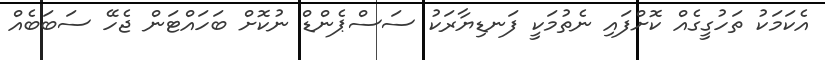
އެކަމަކު ތަހުގީގެއް ކޮށްފައި ނެތުމަކީ ފަނޑިޔާރަކު ސަސްޕެންޑް ނުކޮށް ބަހައްޓަން ޖެހޭ ސަބަބެއް